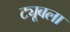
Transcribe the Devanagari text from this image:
ट्यूबला